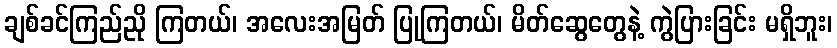
ချစ်ခင်ကြည်ညို ကြတယ်၊ အလေးအမြတ် ပြုကြတယ်၊ မိတ်ဆွေတွေနဲ့ ကွဲပြားခြင်း မရှိဘူး၊